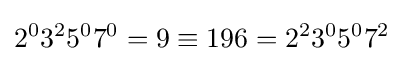
2^{0}3^{2}5^{0}7^{0}=9\equiv 196=2^{2}3^{0}5^{0}7^{2}